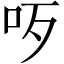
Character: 𠯪